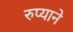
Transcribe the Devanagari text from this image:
रुप्याने